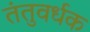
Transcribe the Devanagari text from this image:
तंतुवर्धक